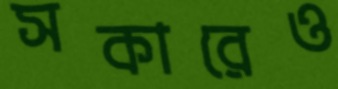
সকারেও